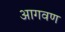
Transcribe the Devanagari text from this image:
आगवण